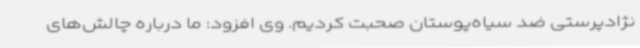
نژادپرستی ضد سیاه‌پوستان صحبت کردیم. وی افزود: ما درباره چالش‌های